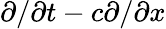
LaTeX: \partial/\partial t-c\partial/\partial x